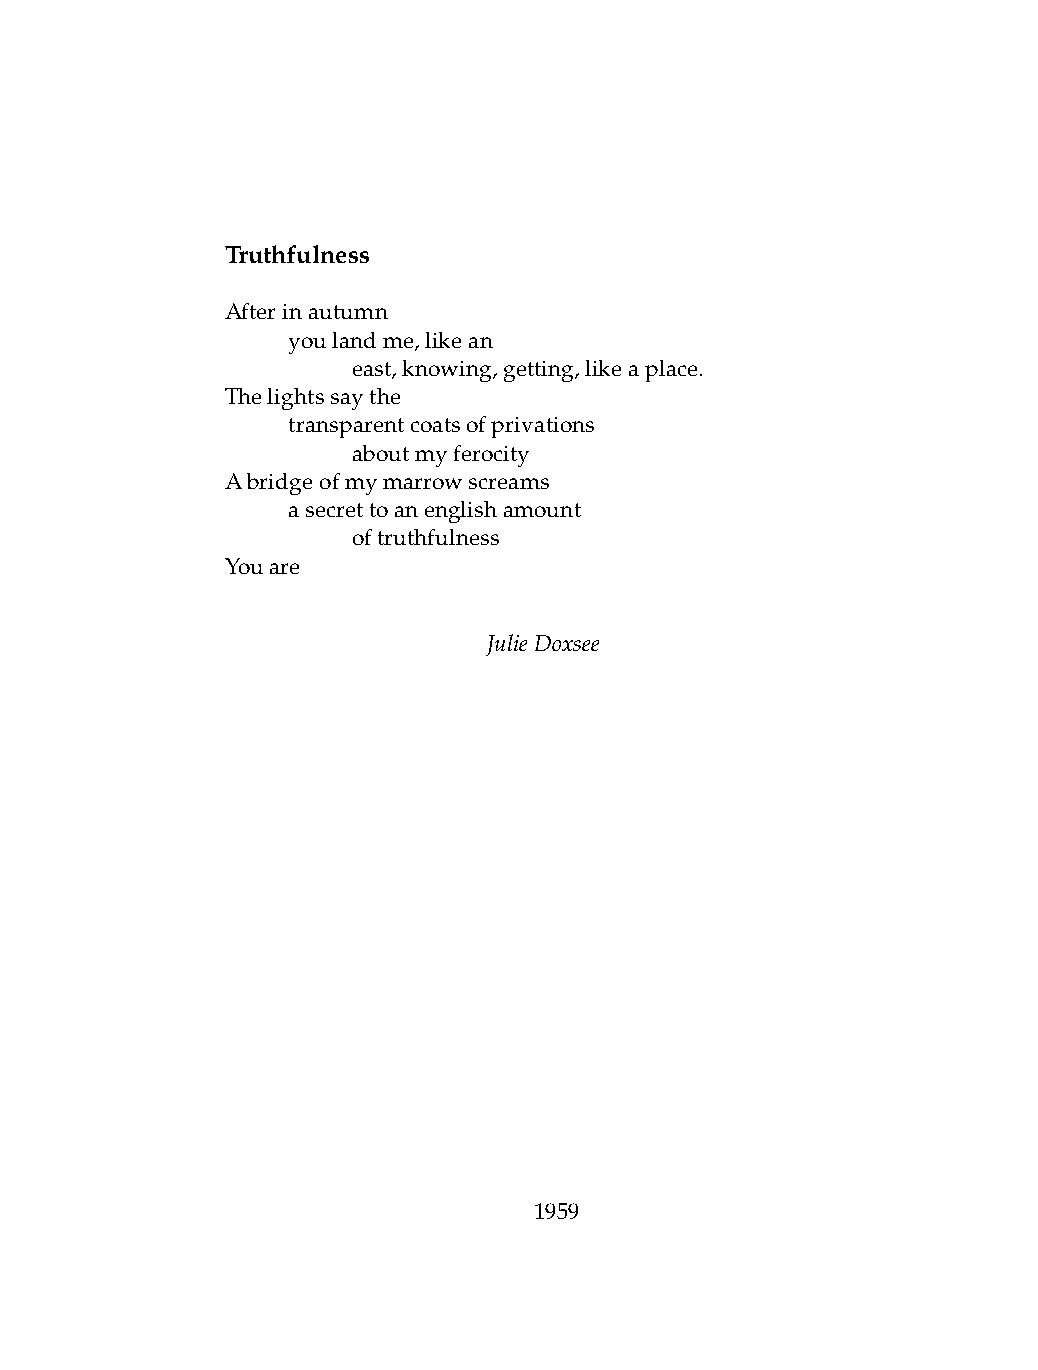
Truthfulness
 Afterinautumn
 .   youlandme,likean
 .   .   east,knowing,getting,likeaplace.
 Thelightssaythe
 .   transparentcoatsofprivations
 .   .   aboutmyferocity
 Abridgeofmymarrowscreams
 .   asecrettoanenglishamount
 .   .   oftruthfulness
 Youare
 JulieDoxsee
 1959